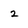
Character: 2